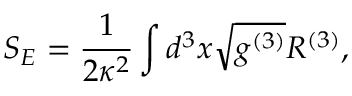
S _ { E } = \frac { 1 } { 2 \kappa ^ { 2 } } \int d ^ { 3 } x \sqrt { g ^ { ( 3 ) } } { R ^ { ( 3 ) } } ,